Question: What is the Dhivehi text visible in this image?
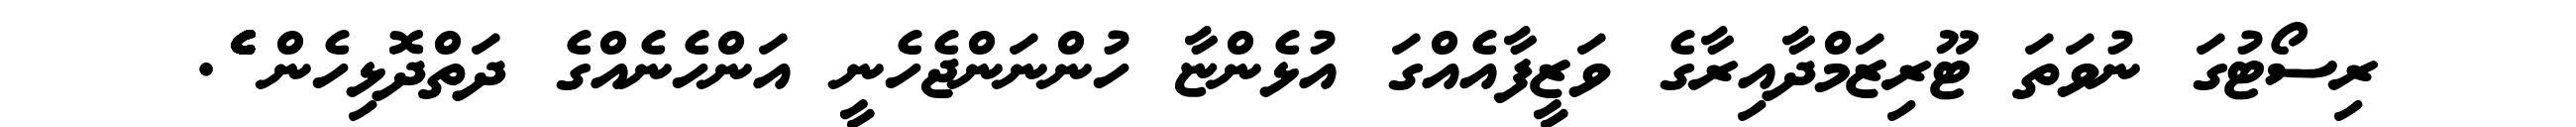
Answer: ރިސޯޓުގަ ނުވަތަ ޓޫރިޒަމްދާއިރާގެ ވަޒީފާއެއްގަ އުޅެންޏާ ހުންނަންޖެހެނީ އަންހެނެއްގެ ދަތްދޮޅިހެން ެެެެެެެެެެެެެެެެެ.